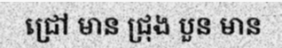
ជ្រៅ មាន ជ្រុង បួន មាន